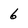
Character: 6